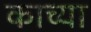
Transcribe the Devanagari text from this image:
काच्या